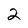
Character: 2